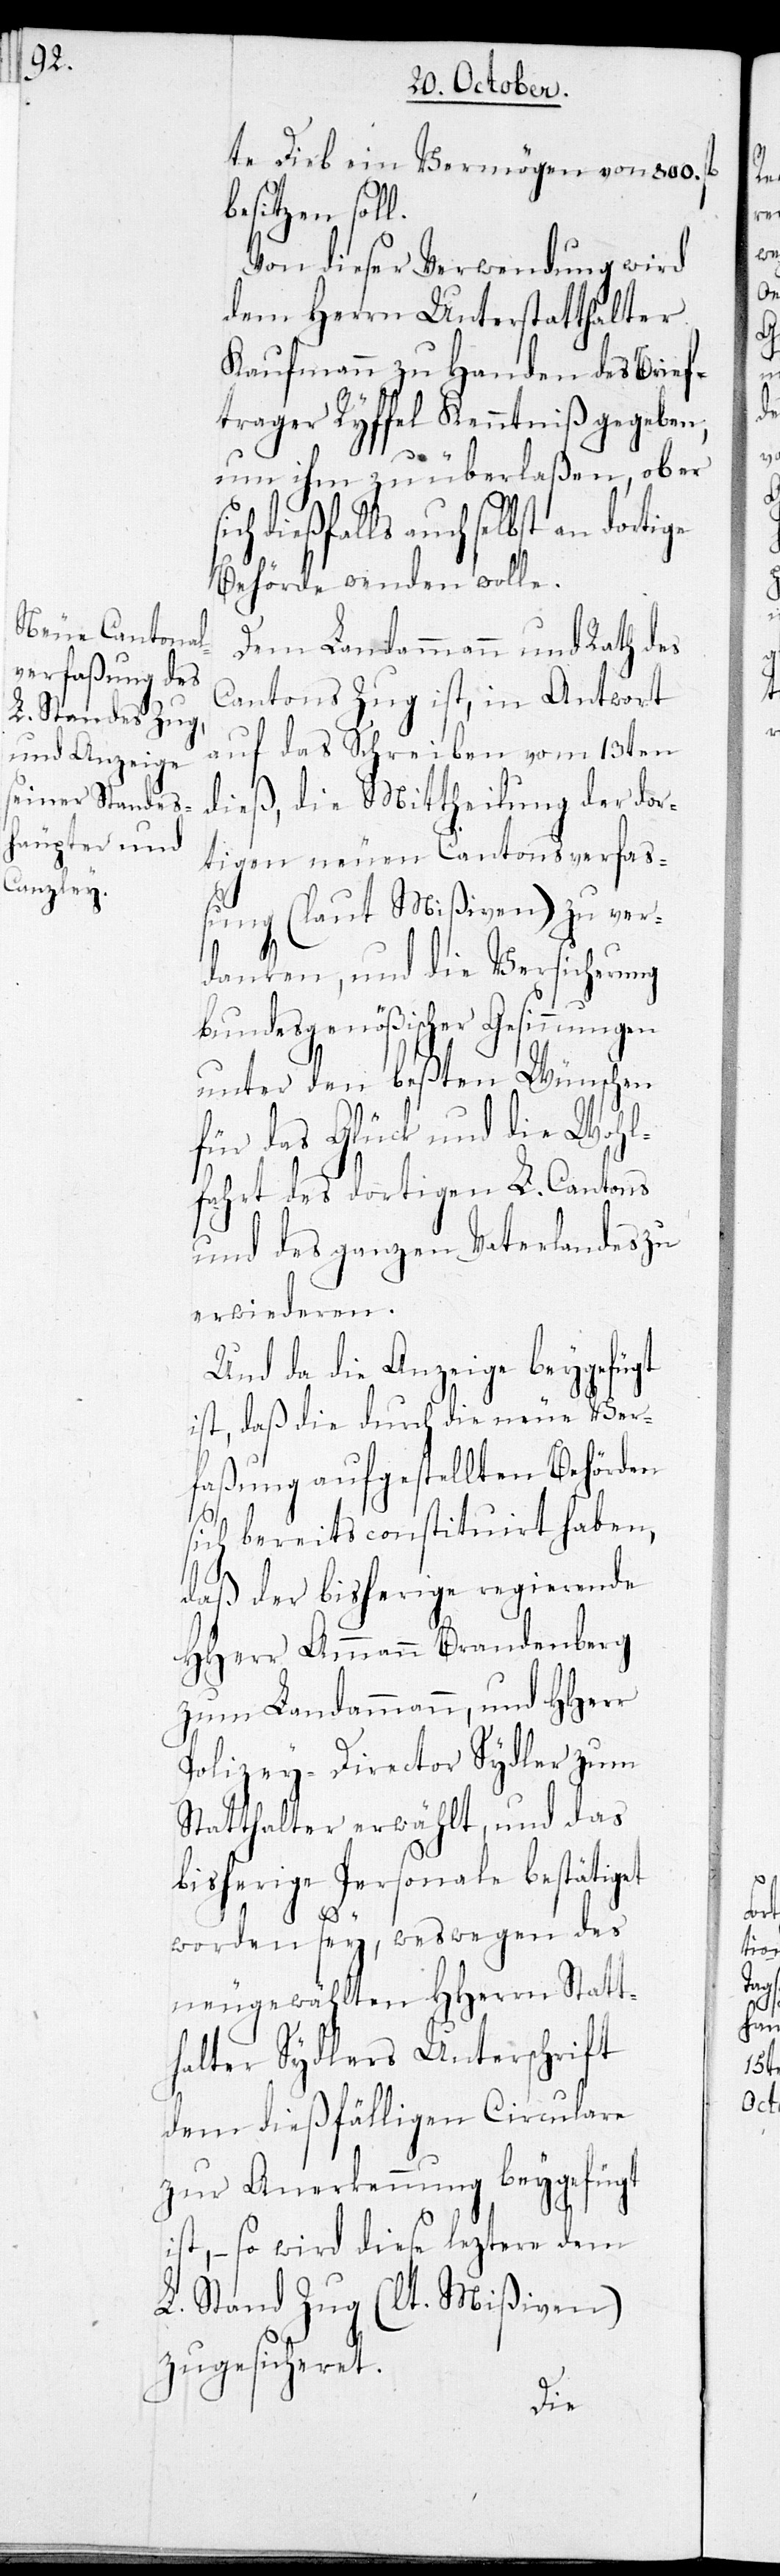
l.

te Dieb ein Vermögen von 800. fl.
besitzen sol¬
Von dieser Verwendung wird
dem Herrn Unterstatthalter
Kaufmann zu Handen des Brief¬
trager Ryffel Kenntniß gegeben,
um ihm zu überlaßen, ob er
dießfalls auch selbst an dorti¬
Behörde wenden wolle.
Dem Landammann und Rath des
Cantons Zug ist, in Antwort
auf das Schreiben vom 13ten
dieß, die Mittheilung der dor¬
tigen neuen Cantonsverfa¬
ßung (laut Mißiven) zu ver¬
danken, und die Versicherung
Bundesgenößischer Gesinnungen
unter den besten Wünschen
für das Glück und die Wohl¬
fahrt des dortigen L. Cantons
und des ganzen Vaterlandes zu
erwiederen.
Und da die Anzeige beygefügt
ist, daß die durch die neue Ver¬
faßung aufgestellten Behörden
sich bereits constituirt haben,
daß der bisherige regierende
HHerr Ammann Brandenberg
zum Landammann, und HHerr
Polizey-Director Sydler zum
Statthalter erwählt, und das
bisherige Personale bestätiget
ge
worden sey, weswegen des
neugewählten HHerren Statt¬
halter Sydlers Unterschrift
dem dießfälligen Circulare
zur Anerkennung beygefügt
ist, – so wird diese leztere dem
L. Stand (lt. Mißiven)
zugesicheret.